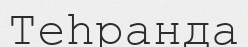
Теһранда